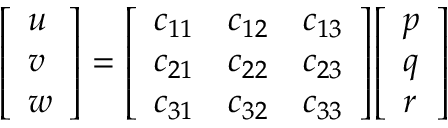
{ \left[ \begin{array} { l } { u } \\ { v } \\ { w } \end{array} \right] } = { \left[ \begin{array} { l l l } { c _ { 1 1 } } & { c _ { 1 2 } } & { c _ { 1 3 } } \\ { c _ { 2 1 } } & { c _ { 2 2 } } & { c _ { 2 3 } } \\ { c _ { 3 1 } } & { c _ { 3 2 } } & { c _ { 3 3 } } \end{array} \right] } { \left[ \begin{array} { l } { p } \\ { q } \\ { r } \end{array} \right] }